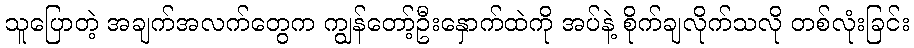
သူပြောတဲ့ အချက်အလက်တွေက ကျွန်တော့်ဦးနှောက်ထဲကို အပ်နဲ့ စိုက်ချလိုက်သလို တစ်လုံးခြင်း